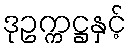
ဒုဥက္ကဋ္ဌနှင့်